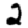
Digit: 2